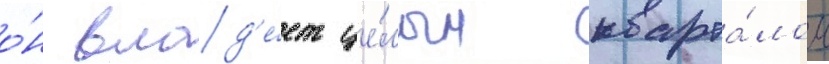
о́н влад'е́ет це́лым кварта́лом